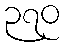
၃၇၀